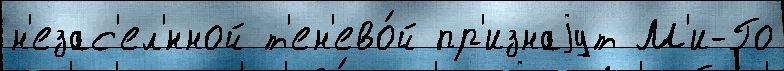
н'езас'ел'́нной т'ен'ево́й пр'изнаjут М'и-Го